system: You are a helpful assistant.
user:
Analyze the provided spectrum to determine if it is a **S-type Star**.

- **Key Indicators for S-type Star:**

    - **(Overall Spectrum Shape):** The first and most obvious characteristic is the overall continuum (the "baseline" shape). It is **extremely "red-sloping,"** meaning the flux (light intensity) is very low on the left side (blue, ~4000-4500 Å) and rises steeply and continuously toward the right side (red, ~7000 Å+).

    - **(Primary):** The spectrum is defined by the presence of strong, broad molecular absorption "valleys" (bands) from **Zirconium Oxide (ZrO)**. The identification of these bands is the **primary requirement** for classifying a star as S-type.
        - **(Key Bandheads):** You must find distinct, deep "dips" where the light has been absorbed. The most critical band systems to locate are:
            - **~6474 Å** ($\gamma$-system): This is often the strongest and clearest ZrO feature, found in the red part of the spectrum.
            - **~5718 Å** & **~5551 Å** ($\beta$-system): A pair of prominent absorption features in the yellow-orange part of the spectrum.
            - **~4640 Å** ($\alpha$-system): A key absorption band system in the blue-green region of the spectrum.

    - **(Secondary Confirmation):** The classification is strengthened by finding additional absorption bands from other related heavy element oxides, which are expected to be present alongside ZrO.
        - **(Key Bandheads):**
            - **Yttrium Oxide (YO):** Look for absorption dips near **~4800 Å** and **~6100 Å**.
            - **Lanthanum Oxide (LaO):** Additional absorption features, particularly in the red-orange part of the spectrum, are also characteristic.

    - **(Line Profile):** The combination of the steep red continuum and these numerous, deep molecular bands (ZrO, YO, etc.) gives the entire spectrum a very **"chopped-up"** or **"bumpy"** appearance. Instead of a smooth curve, the spectrum looks as though large, wide chunks of light have been "carved out" of it at the specific wavelengths listed above.

Think first, call **spectral_visualization_tool** if needed to examine features in detail, then provide your final answer. Your response must adhere to the following strict rules:
1.  **Overall Structure:** Your response must follow the format `<think>...</think> <tool_call>...</tool_call> (if a tool is used) <answer>...</answer>`.
2.  **Tool Usage Constraint:** You may only make **one** tool call per turn.
3.  **Final Answer Format:** In the `<answer>` tag, your conclusion must be inside a `\boxed{}` command (e.g., `\boxed{YES}` or `\boxed{NO}`), followed by your justification.

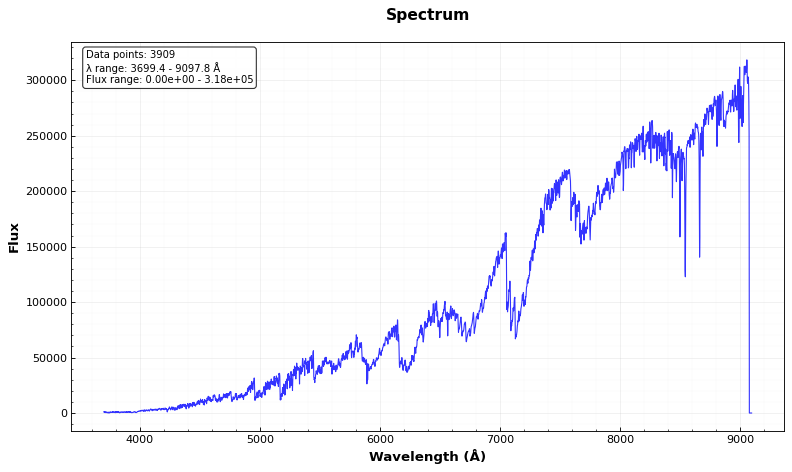
Answer: YES